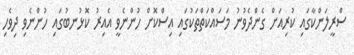
ސްރީލަންކާގައި ކުރިއަށް ގެންދެވުނު މަސައްކަތްތަކުގައި އިސްކޮށް ހުންނެވީ އެއިރު ކޮޅުނބުގައި ހުންނެވި ދިވެހި